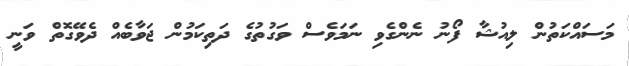
މަސައްކަތުން ލިއުޝާ ފޯނު ނެންގެވި ނަމަވެސް ވަގުތުގެ ދަތިކަމުން ޖަވާބެއް ދެވޭގޮތް ވަނީ